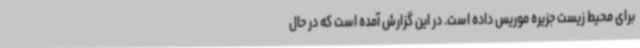
برای محیط زیست جزیره موریس داده است. در این گزارش آمده است که در حال